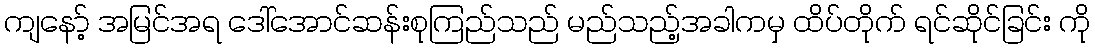
ကျနော့် အမြင်အရ ဒေါ်အောင်ဆန်းစုကြည်သည် မည်သည့်အခါကမှ ထိပ်တိုက် ရင်ဆိုင်ခြင်း ကို